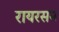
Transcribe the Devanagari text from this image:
रायरसन